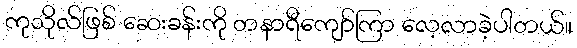
ကုသိုလ်ဖြစ် ဆေးခန်းကို တနာရီကျော်ကြာ လေ့လာခဲ့ပါတယ်။